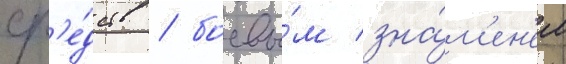
ср'е́дств / боевы́м зна́м'ен'ем